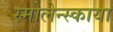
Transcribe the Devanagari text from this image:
स्मोलेन्स्काया